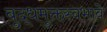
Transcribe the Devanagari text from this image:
बुद्धमुक्तस्वभावे